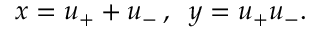
x = u _ { + } + u _ { - } \, , \; \; y = u _ { + } u _ { - } .